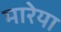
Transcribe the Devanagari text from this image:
मारेया